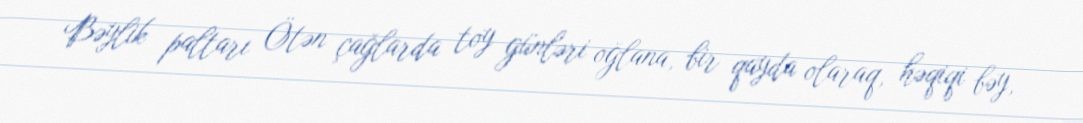
Bəylik paltarı Ötən çağlarda toy günləri oğlana, bir qayda olaraq, həqiqi bəy,